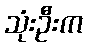
သုံးဦးက